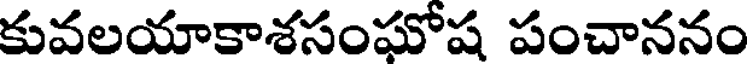
కువలయాకాశసంఘోష పంచాననం